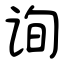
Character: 询